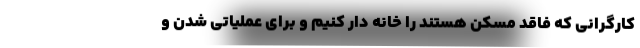
کارگرانی که فاقد مسکن هستند را خانه دار کنیم و برای عملیاتی شدن و